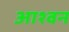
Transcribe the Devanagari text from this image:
आश्वन